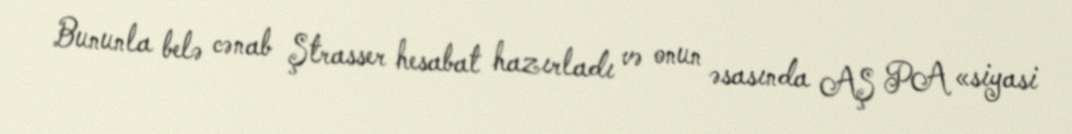
Bununla belə cənab Ştrasser hesabat hazırladı və onun əsasında AŞ PA «siyasi